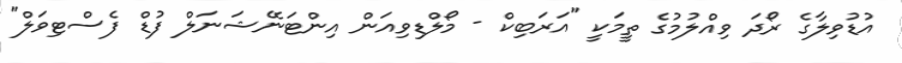
އުޑުވިލާގެ ރޯދަ ވިއްލުމުގެ ތީމަކީ "އަރަބިކް - މޯލްޑިވިއަން އިންޓަނޭޝަނަލް ފުޑް ފެސްޓިވަލް"